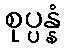
စုပ္ပန္နံ